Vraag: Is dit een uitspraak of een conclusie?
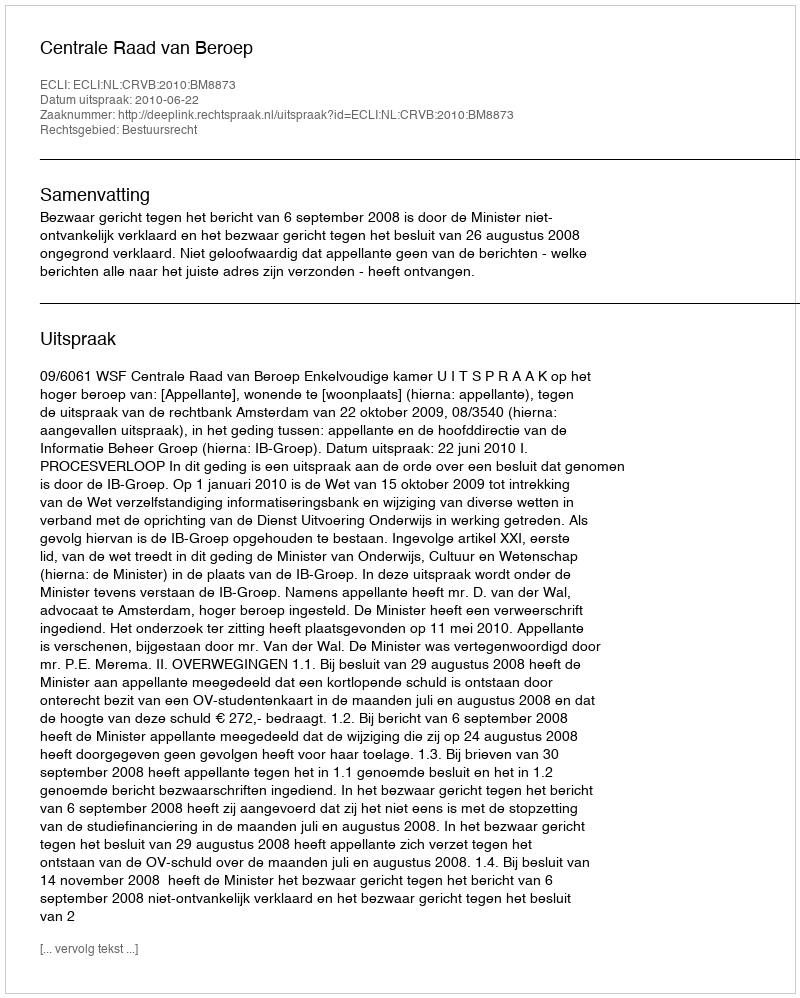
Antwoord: Uitspraak